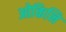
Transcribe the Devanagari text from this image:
ओकिनि